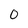
Character: 0